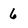
Character: 6